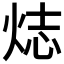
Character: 𬊌